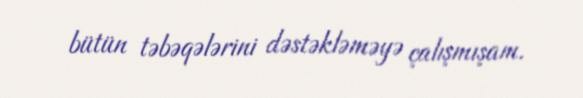
bütün təbəqələrini dəstəkləməyə çalışmışam.